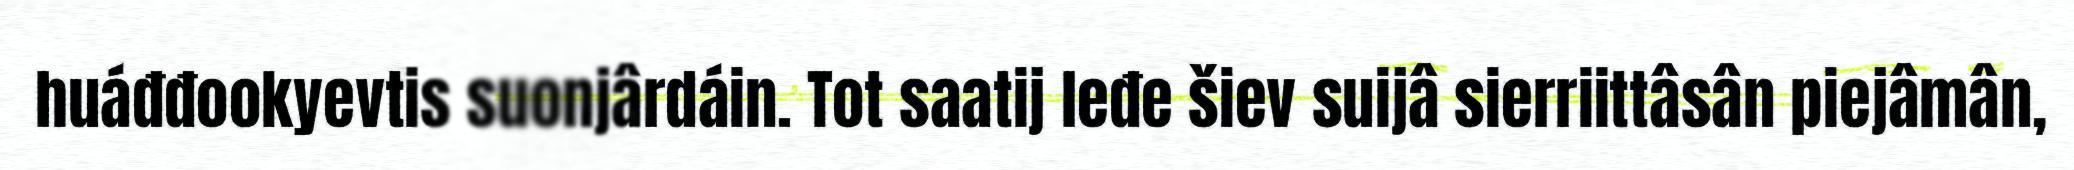
huáđđookyevtis suonjârdáin. Tot saatij leđe šiev suijâ sierriittâsân piejâmân,